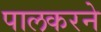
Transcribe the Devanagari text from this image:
पालकरने